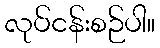
လုပ်ငန်းစဉ်ပါ။